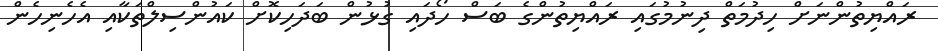
ރައްޔިތުންނަށް ހިދުމަތް ދިނުމުގައި ރައްޔިތުންގެ ބަސް ހޯދައި ގުޅުން ބަދަހިކޮށް ކައުންސިލްތަކާއި އެހެނިހެން